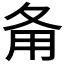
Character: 𤰅